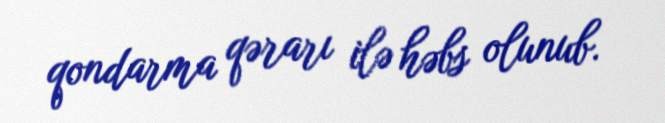
qondarma qərarı ilə həbs olunub.